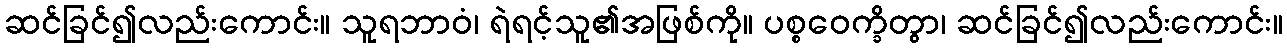
ဆင်ခြင်၍လည်းကောင်း။ သူရဘာဝံ၊ ရဲရင့်သူ၏အဖြစ်ကို။ ပစ္စဝေက္ခိတွာ၊ ဆင်ခြင်၍လည်းကောင်း။